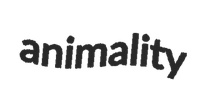
animality